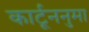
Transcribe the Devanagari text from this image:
कार्टूननुमा